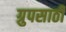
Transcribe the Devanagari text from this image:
ग्रुपसाठी